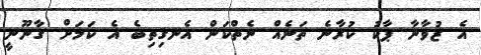
އެ ޒުވާނާ ޕާކު ކުރާނެ ތަނެއް ނެތްކަން އެނގިތިބެ އެ ކަމަށް ގާނޫނީ